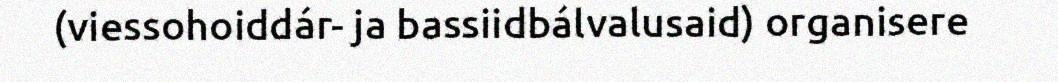
(viessohoiddár- ja bassiidbálvalusaid) organisere